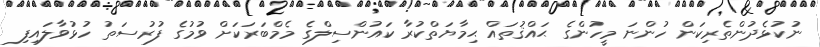
ނުކުޅެދުންތެރިކަން ހުންނަ މީހުންގެ ޙައްޤުތައް ޙިމާޔަތްކުރާ ކައުންސިލްގެ މެމްބަރަކަށް ވުމުގެ ފުރުސަތު ހުޅުވާލައިފި